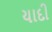
યાદી